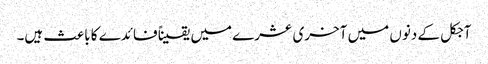
آجکل کے دنوں میں آخری عشرے میں یقیناً فائدے کا باعث ہیں۔